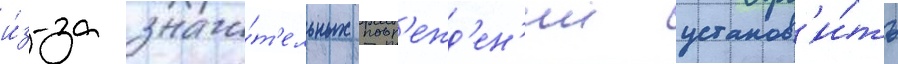
и́з-за значи́т'ельных повр'ежд'ен'ии установ'и́ть